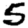
Digit: 5